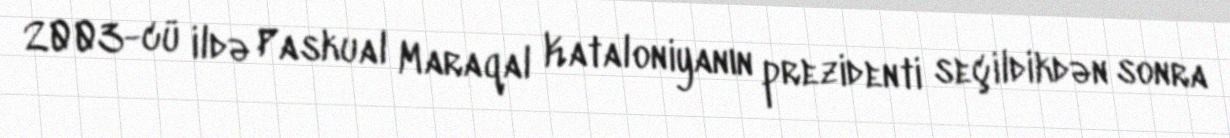
2003-cü ildə Paskual Maraqal Kataloniyanın prezidenti seçildikdən sonra